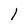
Character: l